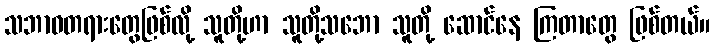
သဘာဝတရားတွေဖြစ်လို့ သူတို့ဟာ သူတို့သဘော သူတို့ ဆောင်နေ ကြတာတွေ ဖြစ်တယ်။